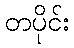
တပိုင်း